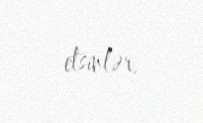
etsinlər.